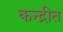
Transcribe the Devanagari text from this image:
कन्द्रीत